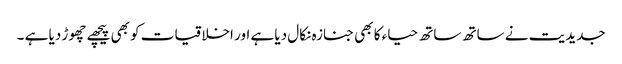
جدیدیت نے ساتھ ساتھ حیاء کا بھی جنازہ نکال دیا ہے اور اخلاقیات کو بھی پیچھے چھوڑ دیا ہے ۔